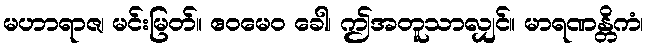
မဟာရာဇ၊ မင်းမြတ်။ ဧဝမေဝ ခေါ၊ ဤအတူသာလျှင်။ မာရဏန္တိကံ၊